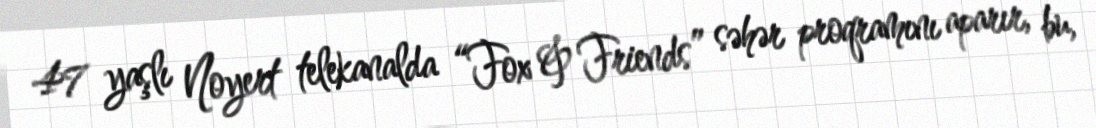
47 yaşlı Noyert telekanalda “Fox & Friends” səhər proqramını aparır, bu,